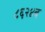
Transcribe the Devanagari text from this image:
८६२४ब